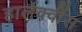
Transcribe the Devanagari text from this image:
हार्लेक्वींस